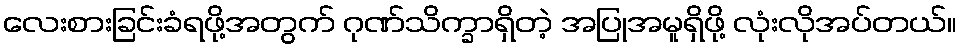
လေးစားခြင်းခံရဖို့အတွက် ဂုဏ်သိက္ခာရှိတဲ့ အပြုအမူရှိဖို့ လုံးလိုအပ်တယ်။